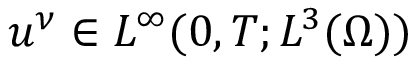
u ^ { \nu } \in L ^ { \infty } ( 0 , T ; L ^ { 3 } ( \Omega ) )